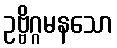
ဥဗ္ဗိဂ္ဂမနသော